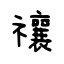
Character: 禳